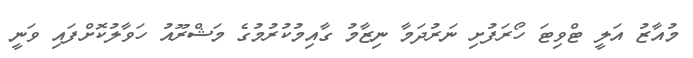
މުއާޒު އަލީ ޓްވިޓަ ހޯރަފުށި ނަރުދަމާ ނިޒާމު ގާއިމުކުރުމުގެ މަޝްރޫއު ހަވާލުކޮށްފައި ވަނީ